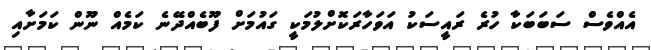
އެއްވެސް ސަބަބަކާ ހުރެ ރައީސަކު އަވަހާރަކޮށްލުމަކީ ގައުމަށް ފޫބެއްދޭނެ ކަމެއް ނޫން ކަމަށާއި